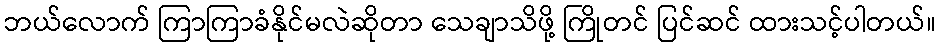
ဘယ်လောက် ကြာကြာခံနိုင်မလဲဆိုတာ သေချာသိဖို့ ကြိုတင် ပြင်ဆင် ထားသင့်ပါတယ်။